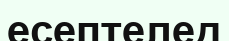
есептелед